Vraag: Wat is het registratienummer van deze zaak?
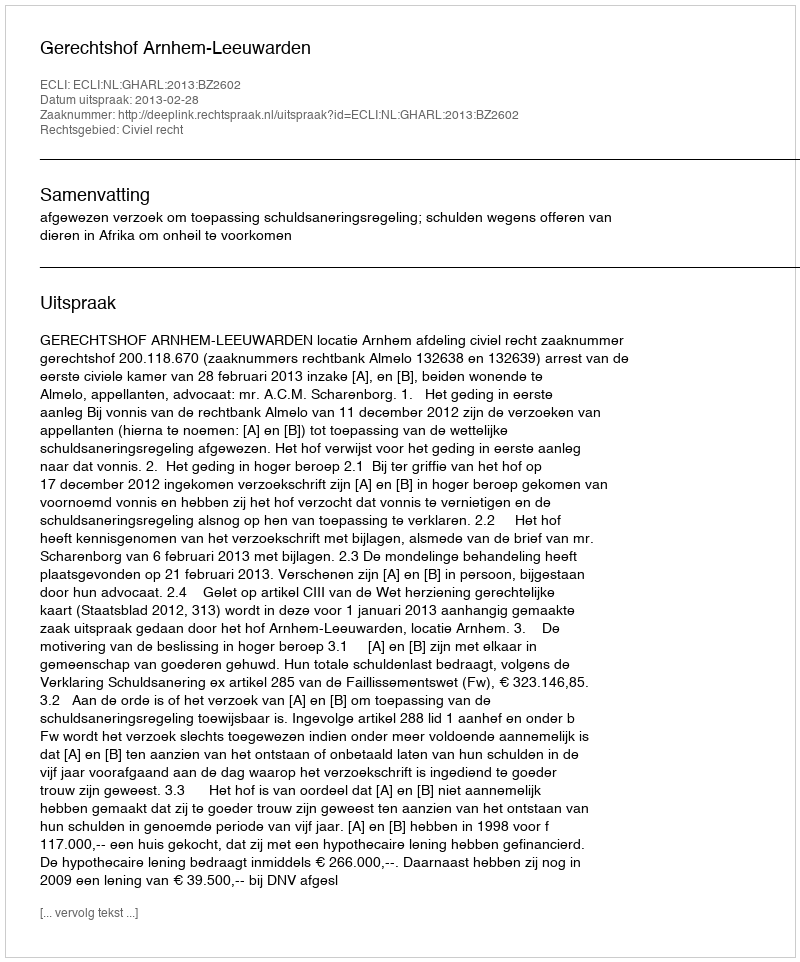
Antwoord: http://deeplink.rechtspraak.nl/uitspraak?id=ECLI:NL:GHARL:2013:BZ2602